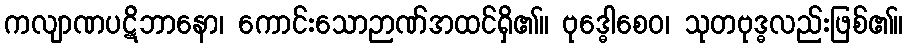
ကလျာဏပဋိဘာနော၊ ကောင်းသောဉာဏ်အထင်ရှိ၏။ ဗုဒ္ဓေါစေဝ၊ သုတဗုဒ္ဓလည်းဖြစ်၏။